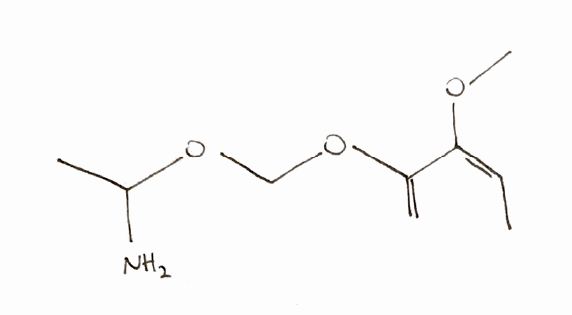
Simplified molecular-input line-entry system (SMILES) notation of the given molecule:
C/C=C(\C(=C)OCOC(C)N)/OC